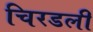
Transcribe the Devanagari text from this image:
चिरडली